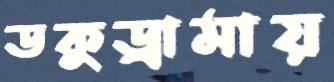
ডকুড্রামায়